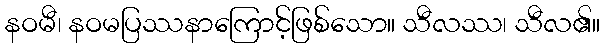
နဝမီ၊ နဝမပြဿနာကြောင့်ဖြစ်သော။ သီလဿ၊ သီလ၏။